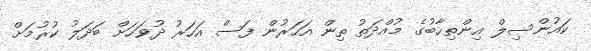
ކައުންސިލް އިންތިހާބުގެ މުއްދަތު ތިން އަހަރުން ފަސް އަހަރު ދުވަހަށް ބަދަލު ކުރުމަށް